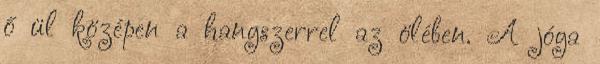
ő ül középen a hangszerrel az ölében. A jóga